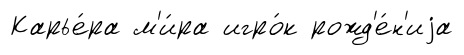
Карье́ра м'и́ра игро́к рожд'е́н'иjа